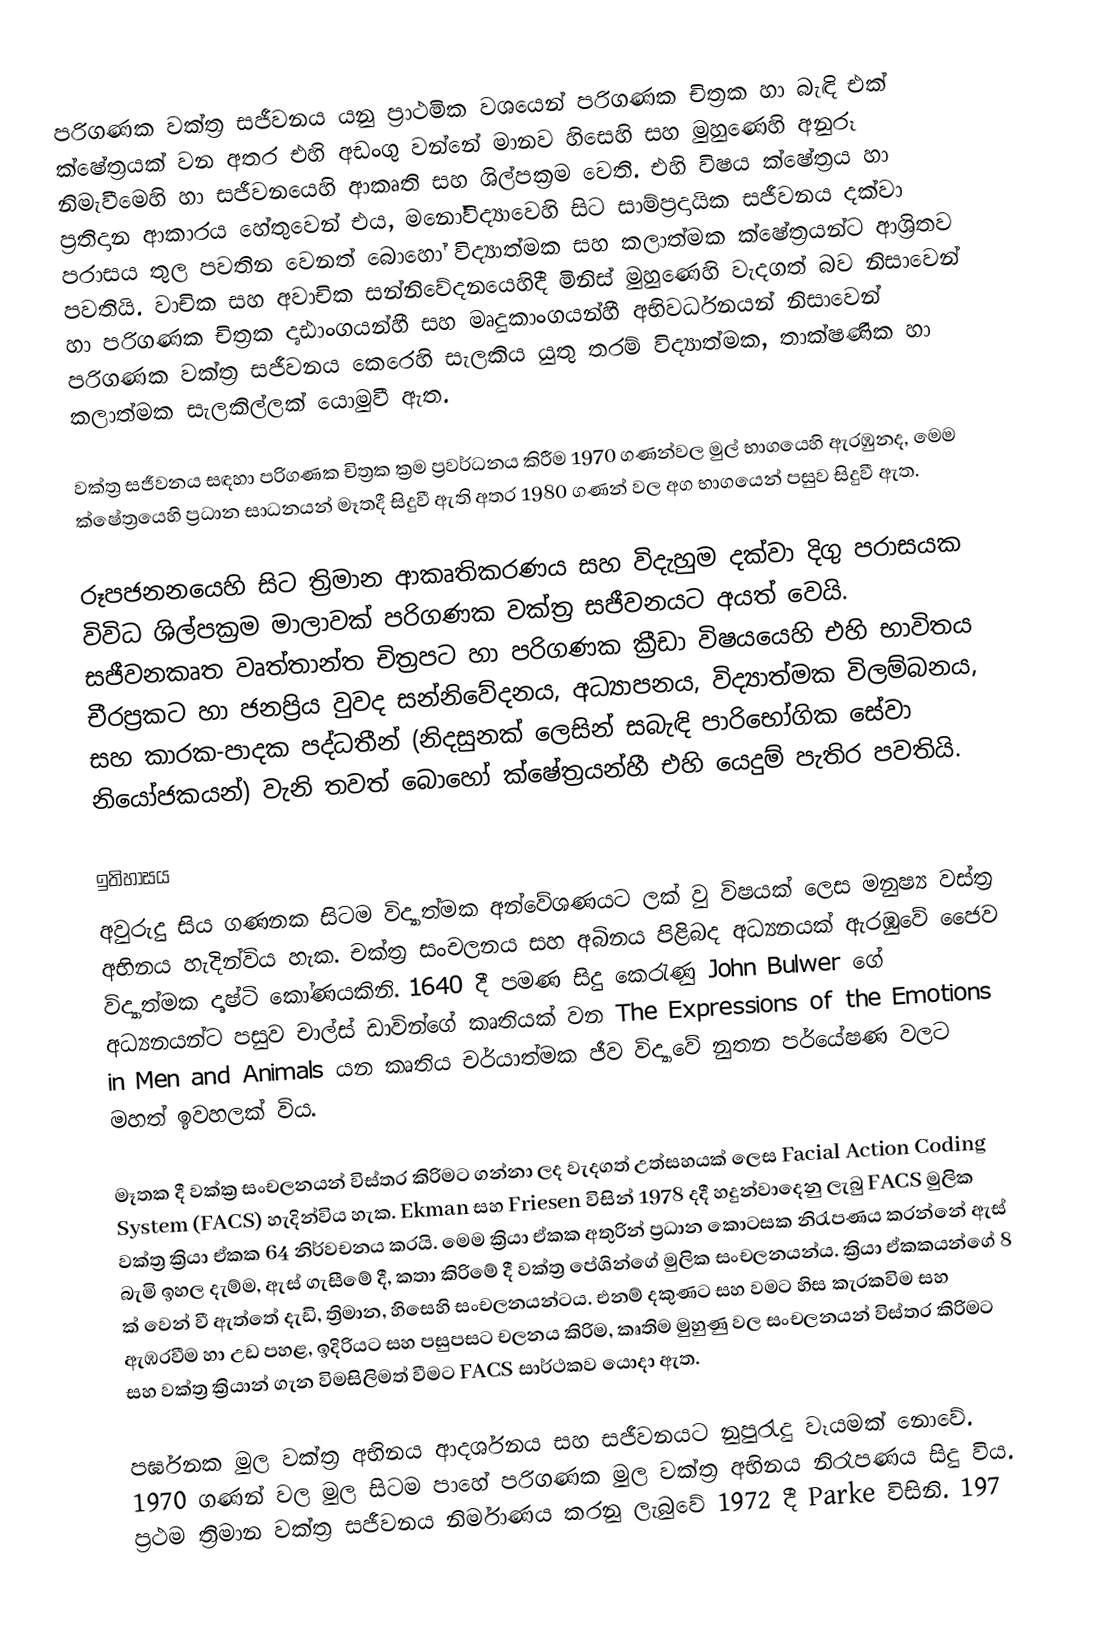
පරිගණක වක්ත්‍ර සජීවනය යනු ප්‍රාථමික වශයෙන්  පරිගණක චිත්‍රක හා බැඳි එක් ක්ෂේත්‍රයක් වන අතර එහි අඩංගු වන්නේ මානව හිසෙහි සහ මුහුණෙහි අනුරූ නිමැවීමෙහි හා සජීවනයෙහි  ආකෘති සහ ශිල්පක්‍රම වෙති. එහි විෂය ක්ෂේත්‍රය හා ප්‍රතිදාන ආකාරය හේතුවෙන් එය, මනෝවිද්‍යාවෙහි සිට සාම්ප්‍රදායික සජීවනය දක්වා පරාසය තුල පවතින වෙනත් බොහෝ විද්‍යාත්මක සහ කලාත්මක ක්ෂේත්‍රයන්ට ආශ්‍රිතව පවතියි. වාචික සහ අවාචික සන්නිවේදනයෙහිදී මිනිස් මුහුණෙහි වැදගත් බව නිසාවෙන් හා  පරිගණක චිත්‍රක දෘඪාංගයන්හී සහ මෘදුකාංගයන්හී අභිවර්ධනයන් නිසාවෙන් පරිගණක වක්ත්‍ර සජීවනය කෙරෙහි සැලකිය යුතු තරම් විද්‍යාත්මක, තාක්ෂණික හා කලාත්මක සැලකිල්ලක් යොමුවී ඇත.

වක්ත්‍ර සජීවනය සඳහා පරිගණක චිත්‍රක ක්‍රම ප්‍රවර්ධනය කිරීම  1970 ගණන්වල මුල් භාගයෙහි ඇරඹුනද, මෙම ක්ෂේත්‍රයෙහි ප්‍රධාන සාධනයන් මෑතදී සිදුවී ඇති අතර 1980 ගණන් වල අග භාගයෙන් පසුව සිදුවී ඇත.

රූපජනනයෙහි සිට ත්‍රිමාන  ආකෘතිකරණය සහ විදැහුම දක්වා දිගු පරාසයක විවිධ ශිල්පක්‍රම මාලාවක් පරිගණක වක්ත්‍ර සජීවනයට අයත් වෙයි. සජීවනකෘත වෘත්තාන්ත චිත්‍රපට හා  පරිගණක ක්‍රීඩා විෂයයෙහි එහි භාවිතය චීරප්‍රකට හා ජනප්‍රිය වුවද  සන්නිවේදනය, අධ්‍යාපනය, විද්‍යාත්මක විලම්බනය, සහ  කාරක-පාදක පද්ධතීන් (නිදසුනක් ලෙසින්  සබැඳි පාරිභෝගික සේවා නියෝජකයන්) වැනි තවත් බොහෝ ක්ෂේත්‍රයන්හී එහි යෙදුම් පැතිර පවතියි.

ඉතිහාසය
අවුරුදු සිය ගණනක සිටම විද්‍යාත්මක අන්වේශණයට ලක් වු විෂයක් ලෙස මනුෂ්‍ය වස්ත්‍ර අභිනය හැදින්විය හැක. චක්ත්‍ර සංචලනය සහ අබිනය පිළිබද අධ්‍යනයක් ඇරඹු‍වේ ජෛව විද්‍යාත්මක දෘෂ්ටි කෝණයකිනි. 1640 දී පමණ සිදු කෙරැණු John Bulwer ගේ අධ්‍යනයන්ට පසුව චාල්ස් ඩාවින්ගේ කෘතියක් වන  The Expressions of the Emotions in Men and Animals  යන කෘතිය චර්යාත්මක ජීව විද්‍යාවේ නුතන පර්යේෂණ වලට මහත් ඉවහලක් විය.

මෑතක දී වක්ක්‍ර සංචලනයන් විස්තර කිරිමට ගන්නා ලද වැදගත් උත්සහයක් ලෙස  Facial Action Coding System (FACS) හැදින්විය හැක. Ekman  සහ Friesen  විසින් 1978 දදී හදුන්වාදෙනු ලැබු FACS මුලික වක්ත්‍ර ක්‍රියා ඒකක 64 නිර්වචනය කරයි. මෙම ක්‍රියා ඒකක අතුරින් ප්‍රධාන කොටසක නිරැපණය කරන්නේ ඇස් බැමි ඉහල දැම්ම, ඇස් ගැසීමේ දී, කතා කිරිමේ දී වක්ත්‍ර පේශින්ගේ මුලික සංචලනයන්ය. ක්‍රියා ඒකකයන්ගේ 8 ක් වෙන් වී ඇත්තේ දැඩි, ත්‍රිමාන, හිසෙහි සංචලනයන්ටය. එනම් දකුණට සහ වමට හිස කැරකවි‍ම සහ ඇඹරවීම හා උඩ පහළ, ඉදිරියට සහ පසුපසට චලනය කිරිම,  කෘතිම මුහුණු වල සංචලනයන් විස්තර කිරිමට සහ වක්ත්‍ර ක්‍රියාන් ගැන විමසිලිමත් වීමට FACS සාර්ථකව යොදා ඇත.

පර්ඝනක මුල වක්ත්‍ර අභිනය ආදර්ශනය සහ සජීවනයට නුපුරැදු වෑයමක් නොවේ. 1970 ගණන් වල මුල සිටම පාහේ පරිගණක මුල වක්ත්‍ර අභිනය නිරෑපණය සිදු විය. ප්‍රථම ත්‍රිමාන වක්ත්‍ර සජීවනය නිර්මාණය කරනු ලැබුවේ 1972 දී  Parke විසිනි. 197